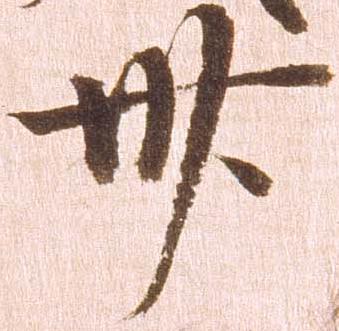
卅